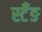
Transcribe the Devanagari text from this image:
स्टँङ